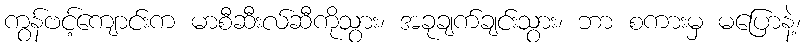
ကွန်ဗင့်ကျောင်းက မာစီဆီးလ်ဆီကိုသွား၊ အခုချက်ချင်းသွား၊ ဘာ စကားမှ မပြောနဲ့၊